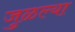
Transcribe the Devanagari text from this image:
जुळल्या